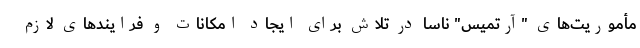
مأموریت‌های "آرتمیس" ناسا در تلاش برای ایجاد امکانات و فرایندهای لازم